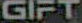
GIFT